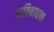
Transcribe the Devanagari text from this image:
जातिबाधक